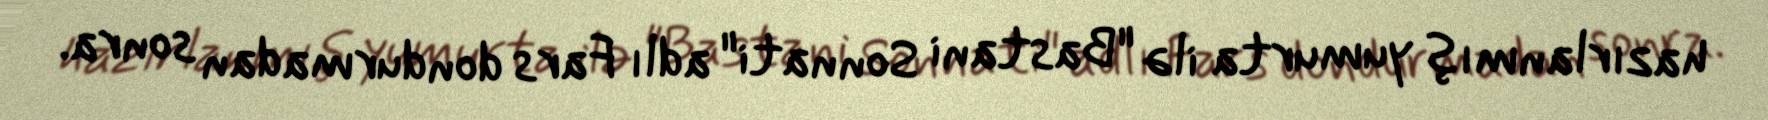
hazırlanmış yumurta ilə "Bastani Sonnati" adlı Fars dondurmadan sonra.